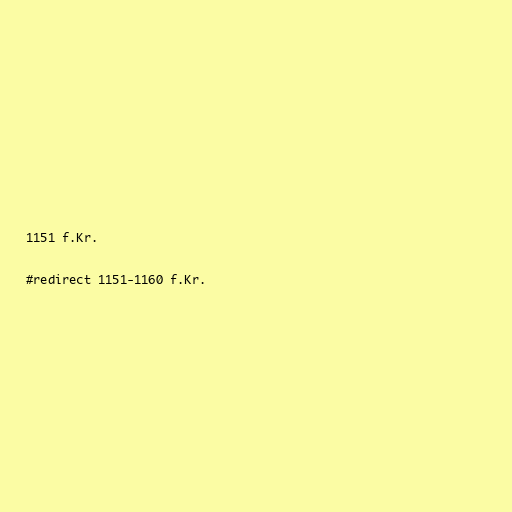
1151 f.Kr.

#redirect 1151-1160 f.Kr.